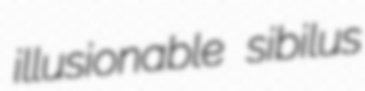
illusionable sibilus